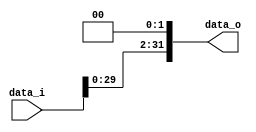

module Shift_Left_Two_32(
    data_i,
    data_o
    );

//I/O ports
input [32-1:0] data_i;
output [32-1:0] data_o;

assign data_o = data_i << 2;

endmodule